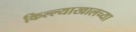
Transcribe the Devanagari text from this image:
किल्ल्याखालच्या